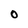
Character: O